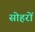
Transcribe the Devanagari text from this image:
सोहरों